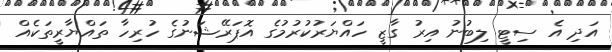
އަދި އެ ސިޓީ ލިބުނު އިރު ގާޒީ ހައްޔަރުކުރުމުގެ އޮޕަރޭޝަނުގެ ހުރިހާ ތައްޔާރީތަކެއް